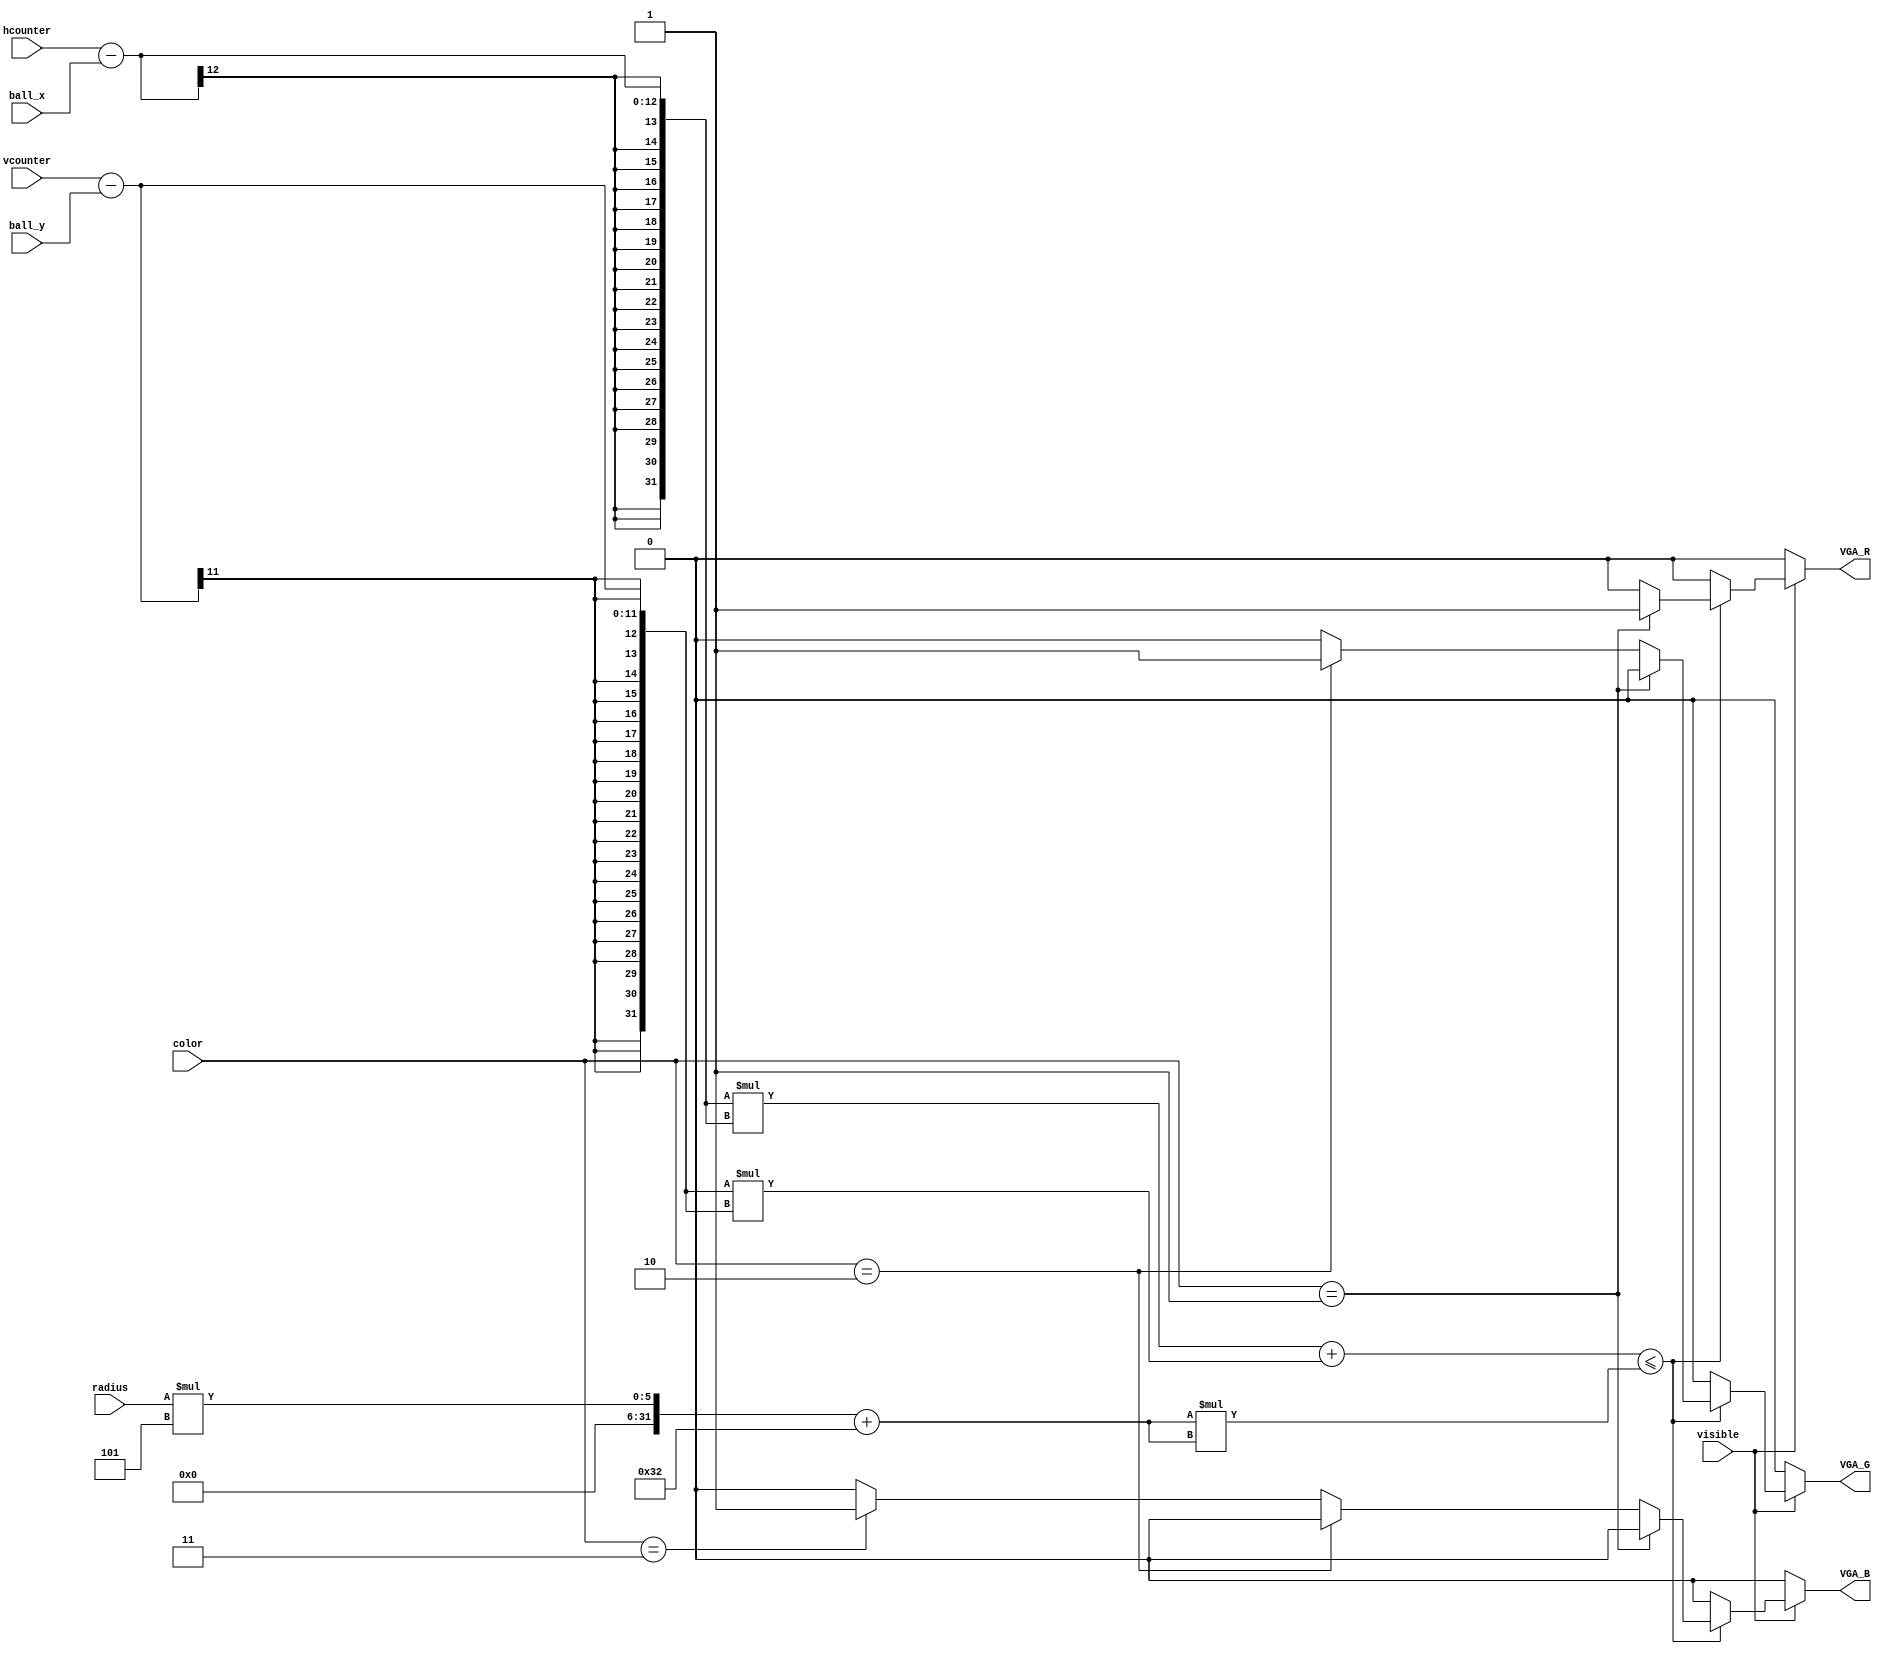
//Subject:
//--------------------------------------------------------------------------------
//Version:     1
//--------------------------------------------------------------------------------
//Writer:      Szuyi Huang
//----------------------------------------------
//----------------------------------------------
//Description:
//--------------------------------------------------------------------------------
module draw_ball(
  vcounter,
  hcounter,
  visible,
  color,
  radius,
  ball_x,
  ball_y,
  VGA_R,
  VGA_G,
  VGA_B
);

//--------------------------------------------------------------------------------
// I/O ports declearation
input [10:0] vcounter;
input [11:0] hcounter;
input  [1:0] color;
input        visible;
input  [2:0] radius;
input [10:0] ball_x;
input [10:0] ball_y;
output       VGA_R;
output       VGA_G;
output       VGA_B;

//--------------------------------------------------------------------------------
// Internal signal
reg          VGA_R;
reg          VGA_G;
reg          VGA_B;
wire [31:0] ball_size;

//--------------------------------------------------------------------------------
// Parameter declearation

//--------------------------------------------------------------------------------
// Function Design
assign ball_size = ((hcounter - ball_x)*(hcounter - ball_x)+(vcounter - ball_y)*(vcounter - ball_y));
// (X-X0)^2 +(Y-Y0)^2 <= r^2

always@(*)
begin
  VGA_R = 1'b0;
  VGA_G = 1'b0;
  VGA_B = 1'b0;
  if(visible)begin
    if(ball_size <= ((radius*5+50)*(radius*5+50))) begin
      if(color == 2'd1) begin
        VGA_R = 1'b1;
        VGA_G = 1'b0;
        VGA_B = 1'b0;
      end else if(color == 2'd2) begin
        VGA_R = 1'b0;
        VGA_G = 1'b1;
        VGA_B = 1'b0;
      end else if(color == 2'd3) begin
        VGA_R = 1'b0;
        VGA_G = 1'b0;
        VGA_B = 1'b1;
      end
    end
  end
end

endmodule